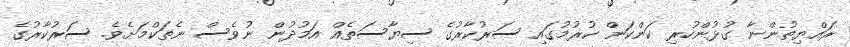
ރައްޔިތުންނާ ގުޅުންހުރި ކަންކަން ކުރުމުގައި ސަރުކާރުގެ ސިޔާސަތެއް އަމުދުން ނުވެސް ނެތަކްމަށެވެ. ސަރުކާރުގެ